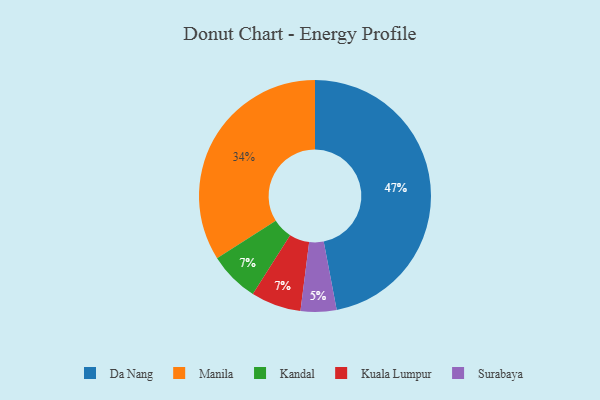
{"axis": {"x": "Category", "y": "Percentage"}, "legend": ["Da Nang", "Kandal", "Kuala Lumpur", "Manila", "Surabaya"], "data": [{"x": "Manila", "y": 34, "type": "Manila"}, {"x": "Kandal", "y": 7, "type": "Kandal"}, {"x": "Da Nang", "y": 47, "type": "Da Nang"}, {"x": "Surabaya", "y": 5, "type": "Surabaya"}, {"x": "Kuala Lumpur", "y": 7, "type": "Kuala Lumpur"}]}